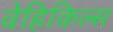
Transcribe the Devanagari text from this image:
वेहिकिल्स